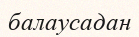
балаусадан